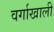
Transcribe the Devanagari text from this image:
वर्गाखाली